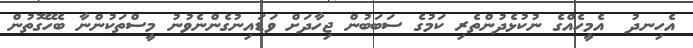
އެހިނދު  އެމީހެއްގެ ނުކުޅެދުންތެރި ކަމުގެ ސަބަބުން ޖިހާދަށް ވަޑައިނުގެންނެވުނު މީސްތަކުންނާ ބެހޭގޮތުން